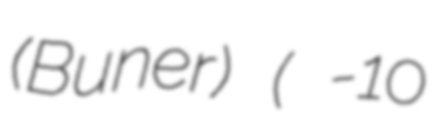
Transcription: (Buner) (این اے-10،